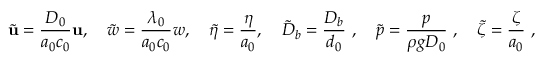
\tilde { \mathbf { u } } = \frac { D _ { 0 } } { a _ { 0 } c _ { 0 } } \mathbf { u } , \quad \tilde { w } = \frac { \lambda _ { 0 } } { a _ { 0 } c _ { 0 } } w , \quad \tilde { \eta } = \frac { \eta } { a _ { 0 } } , \quad \tilde { D } _ { b } = \frac { D _ { b } } { d _ { 0 } } \ , \quad \tilde { p } = \frac { p } { \rho g D _ { 0 } } \ , \quad \tilde { \zeta } = \frac { \zeta } { a _ { 0 } } \ ,